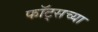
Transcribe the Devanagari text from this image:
फॉट्सच्या